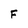
Character: F